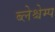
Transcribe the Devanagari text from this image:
ब्लेश्चेम्प